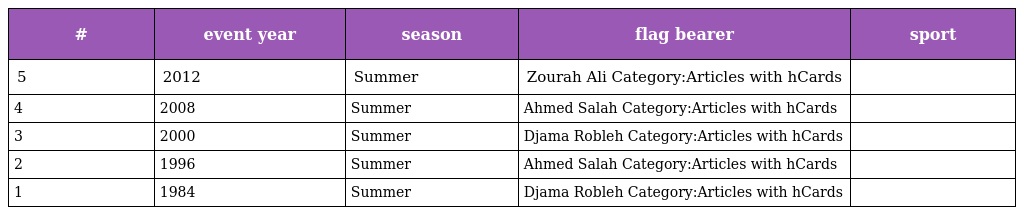
| # | event year | season | flag bearer | sport |
 | --- | --- | --- | --- | --- |
 | 5 | 2012 | Summer | Zourah Ali Category:Articles with hCards |  |
 | 4 | 2008 | Summer | Ahmed Salah Category:Articles with hCards |  |
 | 3 | 2000 | Summer | Djama Robleh Category:Articles with hCards |  |
 | 2 | 1996 | Summer | Ahmed Salah Category:Articles with hCards |  |
 | 1 | 1984 | Summer | Djama Robleh Category:Articles with hCards |  |